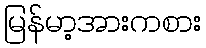
မြန်မာ့အားကစား